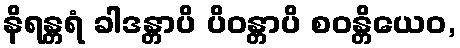
နိရန္တရံ ခါဒန္တာပိ ပိဝန္တာပိ စဝန္တိယေဝ,